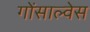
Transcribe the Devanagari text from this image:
गोंसाल्वेस